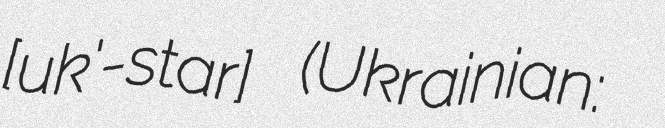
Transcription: [ˈʐuk'-starɨ] (Ukrainian: Старий